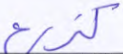
كزرع